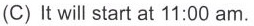
(C) It will start at 11:00 am.